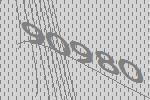
90980